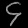
Digit: ၄